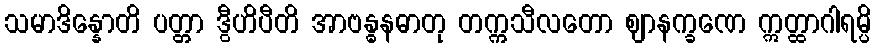
သမာဒိန္နောတိ ပတ္တာ ဒွီဟိပီတိ အာဗန္ဓနဓာတု တက္ကသီလတော ဈာနက္ခဏေ ဣတ္ထာဂါရမ္ပိ